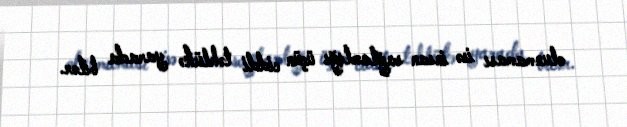
olunmaması isə insan sağlamlığı üçün ciddi təhlükə yarada bilər.